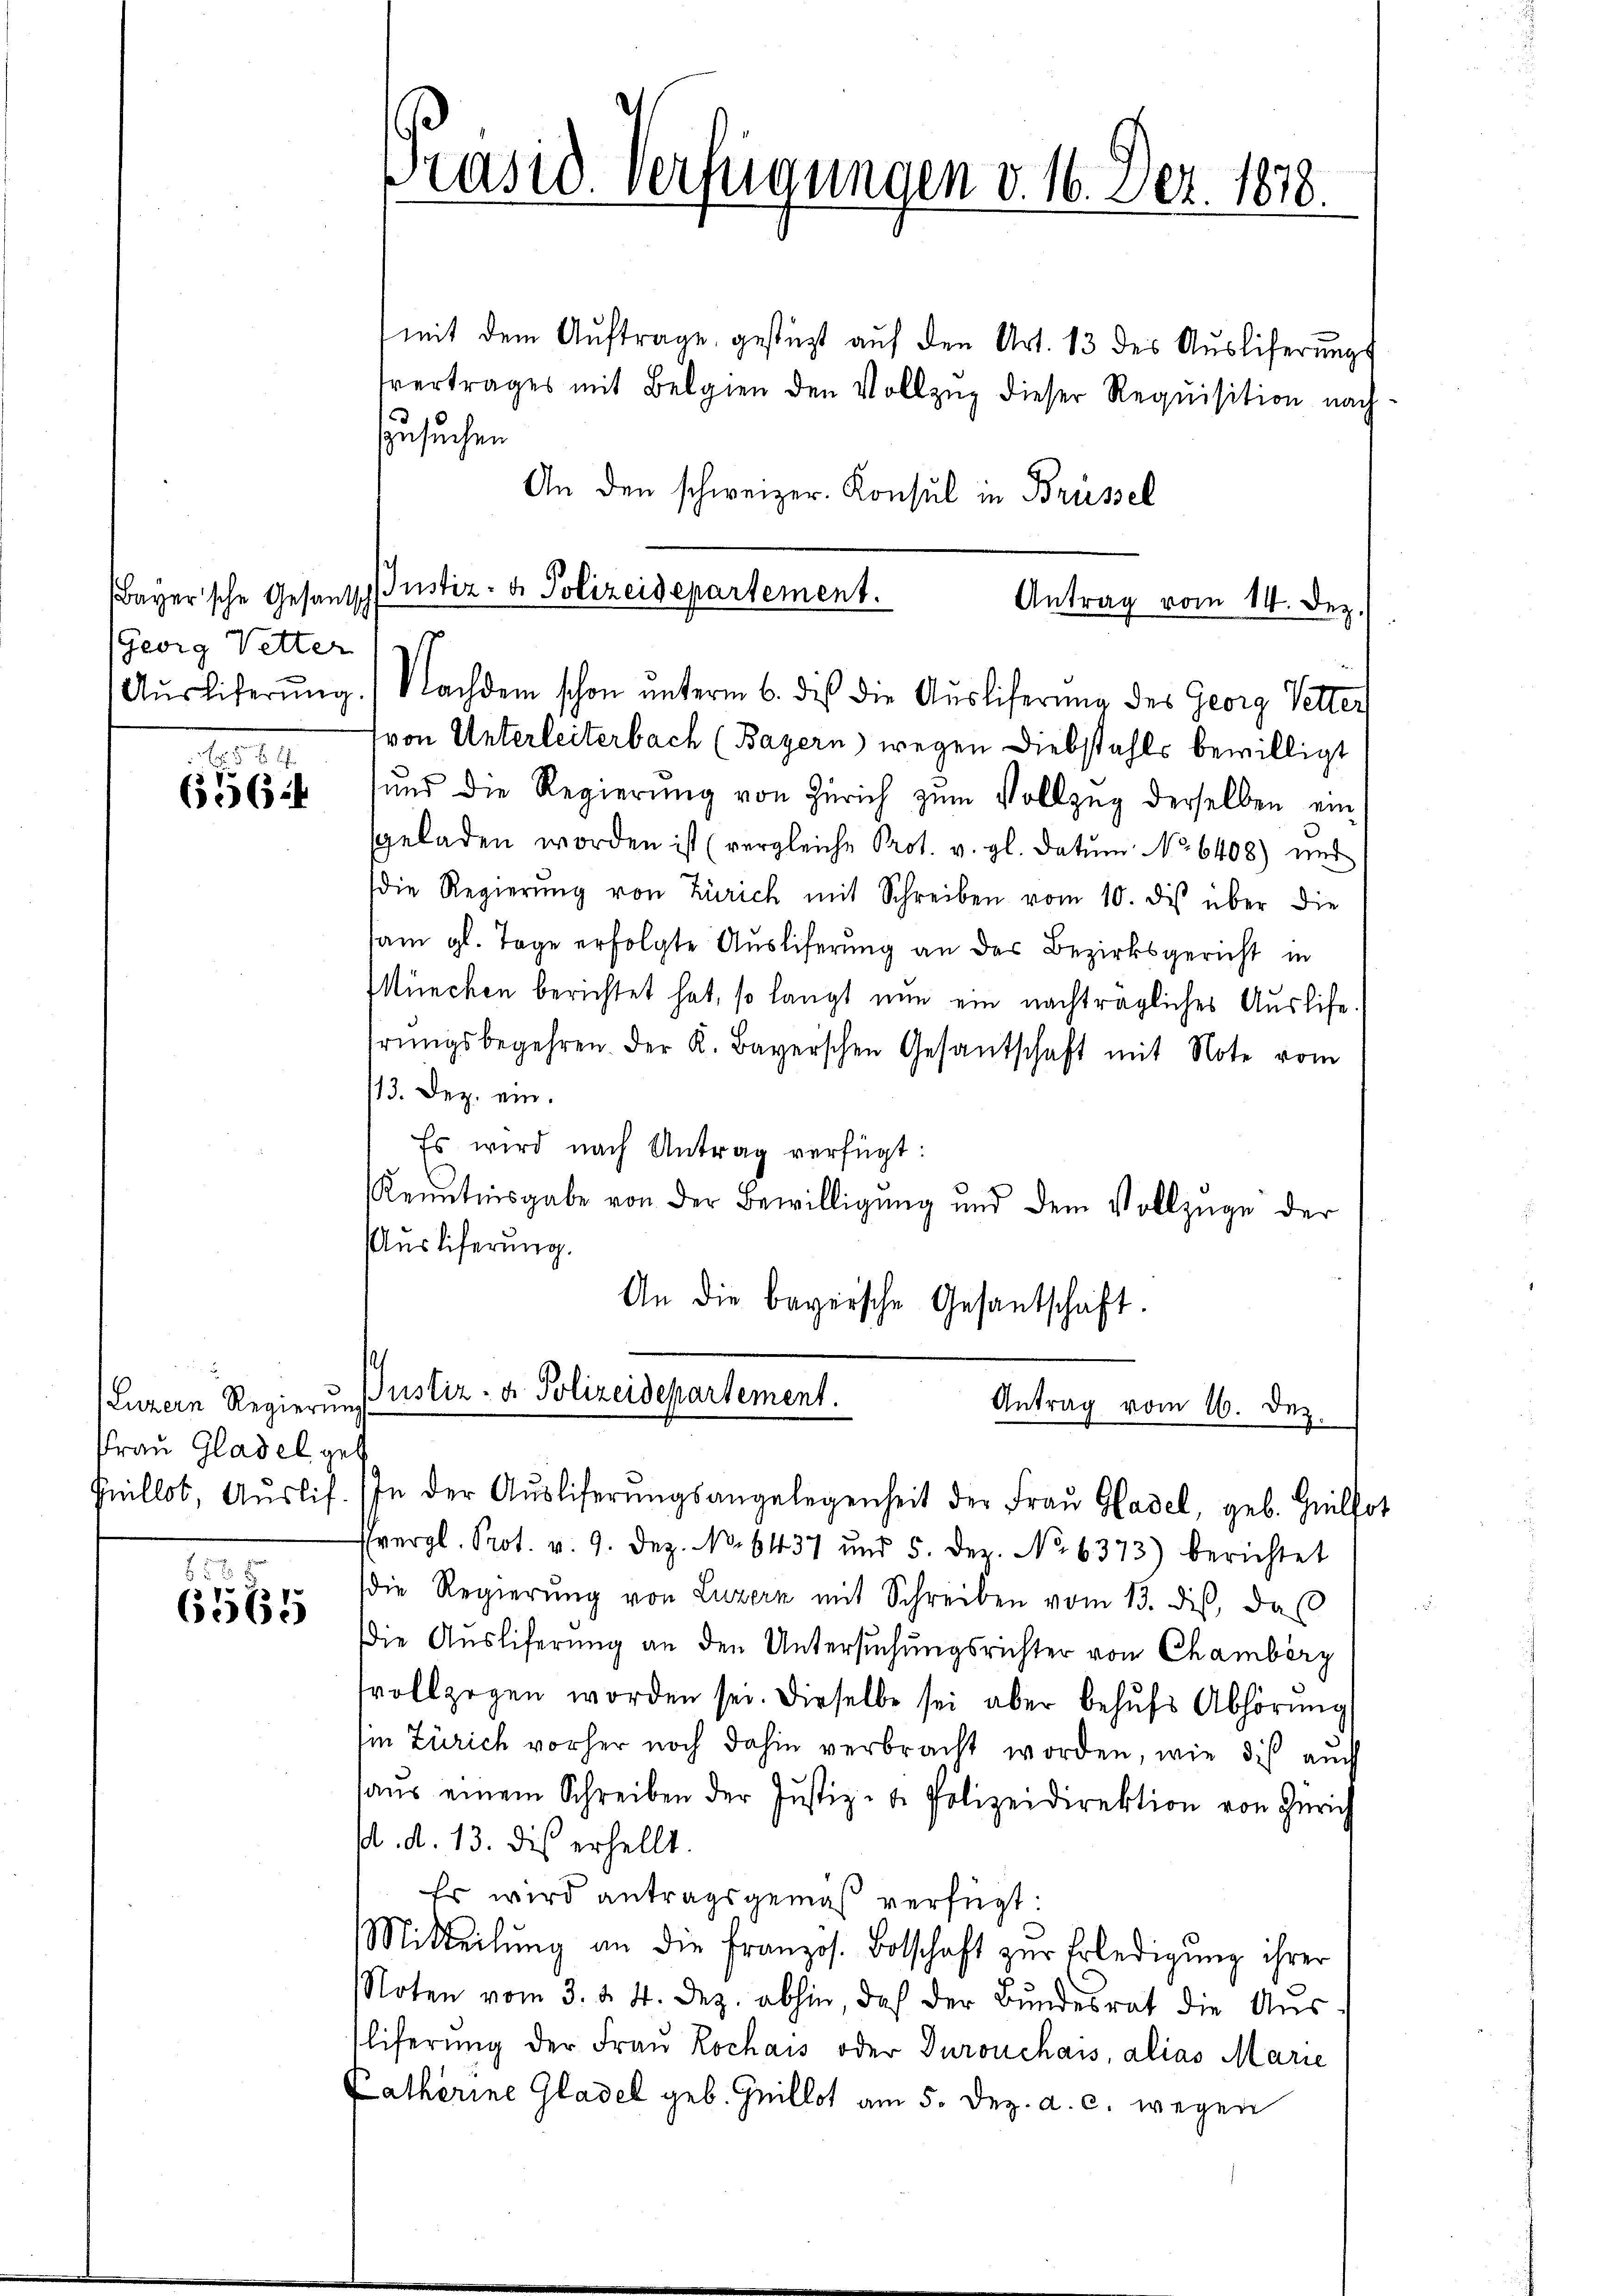
Georg Vetter

E
6.6.4

(Luzern Regierung
Frau Gladel geh

d
6565

Präsid-Verfügungen v. 16. Dez. 1878.

mit dem Auftrage gestüzt auf den Art. 13 des Ausliferungs
tvertrages mit Belgien den Vollzŭg dieser Requisition nach
zusuchen
An den schweizer. Konsul in Brüssel
Aŭsliferŭng. Nachdem schon ŭnterm 6. dies die Auslieferung des Georg Vetter
tvon Unterleiterbach (Bayern) wegen Diebstahls bewilligt
ŭnd die Regierŭng von Zürich zŭm Vollzŭg derselben ein
sgeladen worden ist (vergleiche Prot. v. gl. datum No 6408) und
die Regierŭng von Zürich mit Schreiben vom 10. des über die
sam gl. Tage erfolgte Auslieferung an das Bezirksgericht in
üncken berichtet hat, so langt nun ein nachträgliches Auslise.
hrŭngsbegehren. Der K. Bayerschen Gesandschaft mit Note vom
13. Dez. ein.
Es wird nach Antrag verfügt:
Kenntnisgabe von der Bewilligung und dem Vollzuge der
Auslieferung.
An die bayrische Gesantschaft.

Bayer'sche Gesandschustiz- & Polizeidepartement.

Antrag vom 14. Dez.

Justiz- & Polizeidepartement.
Antrag vom 16. Dez.
Peillot, Aŭslif. In der Aŭsliferŭngsangelegenheit der Fraŭ Hadel, geb. Heilfot

vergl. Prot. v. 9. Dez. No. 6137 und 5. Dez. No 6373) berichtet
die Regierŭng von Luzern mit Schreiben vom 13. dies, daß
Die Auslieferung an den Untersŭchŭngsrichter von Chamberg
tvollzogen worden sei. Dieselbe sei aber behŭfs Abhörung
Ein Zürich vorher noch dahin verbracht worden, wie dis auch
aŭs einem Schreiben der Justiz- & Polizeidirektion von Zürich
d. d. 13. dis erhellt.
Es wird antragsgemäß verfügt:
Mitteilŭng an die franzos. Botschaft zŭr Erledigŭng ihrer
Noten vom 3. d. 4. Dez. abhin doch der Bŭndesrat die Aŭs-
Eliferŭng der Frau Lochais oder Durouchais, alias Marie
Katherine Gladel geb. Guillat am 5. Dez. a. c. wegen